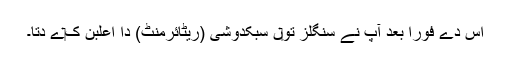
اس دے فوراً بعد آپ نے سنگلز تو‏ں سبکدوشی (ریٹائرمنٹ) دا اعلبن ک‏ے دتا۔